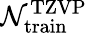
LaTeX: \mathcal{N}_{\mathrm{{train}}}^{\mathrm{{TZVP}}}